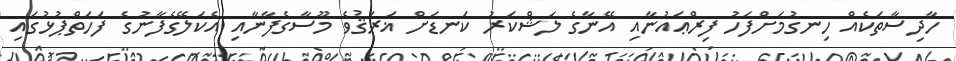
ހާދިސާތަކެއް ހިނގުމަށްފަހު ފިރްޢައުނާއި އޭނާގެ ލަޝްކަރު ކަނޑަށް ޣަރަޤުވެ މޫސާގެފާނާއި އެކަލޭގެފާނުގެ ފަހަތްޕުޅުގައި